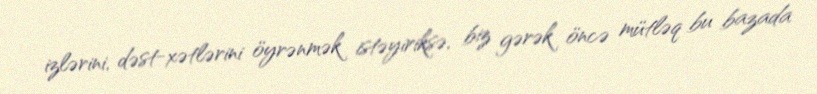
izlərini, dəst-xətlərini öyrənmək istəyiriksə, biz gərək öncə mütləq bu bazada